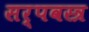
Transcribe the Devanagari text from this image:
सर्पवस्त्र